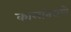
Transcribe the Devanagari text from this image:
कालांतराणे